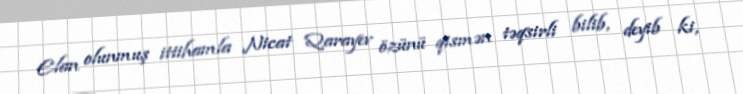
Elan olunmuş ittihamla Nicat Qarayev özünü qismən təqsirli bilib, deyib ki,